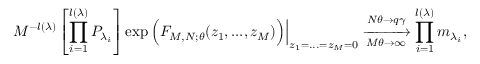
M ^ { - l ( \lambda ) } \left[ \prod _ { i = 1 } ^ { l ( \lambda ) } P _ { \lambda _ { i } } \right] \exp \Big ( F _ { M , N ; \theta } ( z _ { 1 } , . . . , z _ { M } ) \Big ) \Bigr | _ { z _ { 1 } = . . . = z _ { M } = 0 } \xrightarrow [ M \theta \rightarrow \infty ] { N \theta \rightarrow q \gamma } \prod _ { i = 1 } ^ { l ( \lambda ) } m _ { \lambda _ { i } } ,